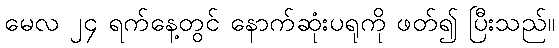
မေလ ၂၄ ရက်နေ့တွင် နောက်ဆုံးပရုကို ဖတ်၍ ပြီးသည်။